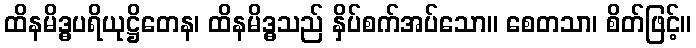
ထိနမိဒ္ဓပရိယုဋ္ဌိတေန၊ ထိနမိဒ္ဓသည် နှိပ်စက်အပ်သော။ စေတသာ၊ စိတ်ဖြင့်။